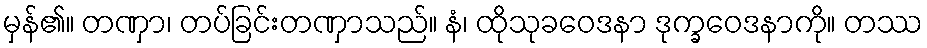
မှန်၏။ တဏှာ၊ တပ်ခြင်းတဏှာသည်။ နံ၊ ထိုသုခဝေဒနာ ဒုက္ခဝေဒနာကို။ တဿ